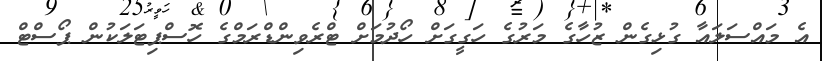
އެ މައްސަލައާ ގުޅިގެން ޒުހާގެ މަރުގެ ހަގީގަށް ހޯދުމަށް ޓްރެވިންޑްރަމްގެ ހޮސްޕިޓަލަކުން ޕޯސްޓް